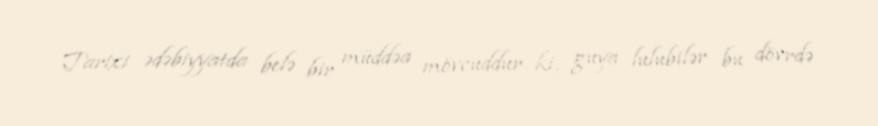
Tarixi ədəbiyyatda belə bir müddəa mövcuddur ki, guya lulubilər bu dövrdə